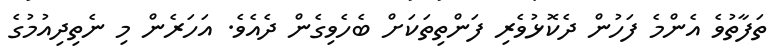
ތަފާތުވެ އެންމެ ފަހުން ދެކޮޅުވެރި ފަންތިތަކަށް ބެހެވިގެން ދެއެވެ. އަހަރެން މި ނެތިދިއުމުގެ